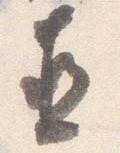
直